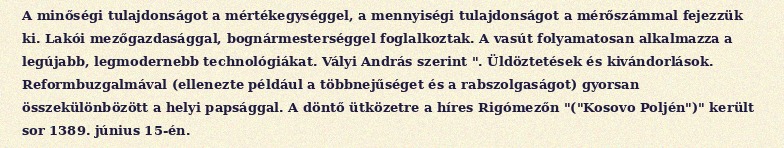
A minőségi tulajdonságot a mértékegységgel, a mennyiségi tulajdonságot a mérőszámmal fejezzük ki. Lakói mezőgazdasággal, bognármesterséggel foglalkoztak. A vasút folyamatosan alkalmazza a legújabb, legmodernebb technológiákat. Vályi András szerint ". Üldöztetések és kivándorlások. Reformbuzgalmával (ellenezte például a többnejűséget és a rabszolgaságot) gyorsan összekülönbözött a helyi papsággal. A döntő ütközetre a híres Rigómezőn "("Kosovo Poljén")" került sor 1389. június 15-én.